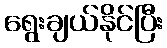
ရွေးချယ်နိုင်ပြီး